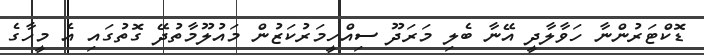
ޑޮކްޓަރުންނާ ހަވާލާދީ އޭނާ ބެލި މަރަދޫ ސިއްހީމަރުކަޒުން މައުލޫމާތުދޭ ގޮތުގައި އެ މީހާގެ